Civil Veterinary Department Bengal reports 1933-51 - 1933-1951
Year: 1933
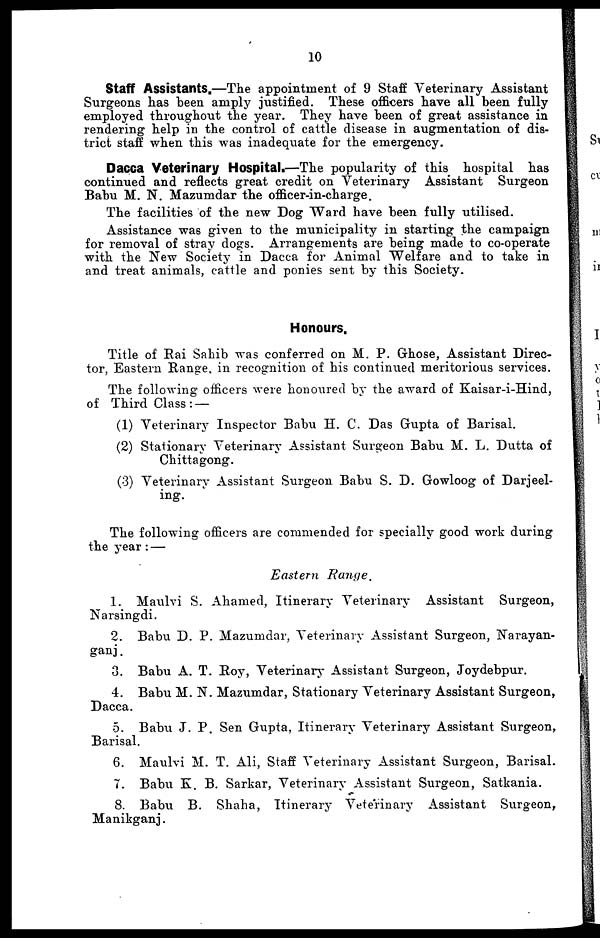
10
Staff Assistants.—The appointment of 9 Staff Veterinary Assistant
Surgeons has been amply justified. These officers have all been fully
employed throughout the year. They have been of great assistance in
rendering help in the control of cattle disease in augmentation of dis-
trict staff when this was inadequate for the emergency.
Dacca Veterinary Hospital.—The popularity of this hospital has
continued and reflects great credit on Veterinary Assistant Surgeon
Babu M. N. Mazumdar the officer-in-charge.
The facilities of the new Dog Ward have been fully utilised.
Assistance was given to the municipality in starting the campaign
for removal of stray dogs. Arrangements are being made to co-operate
with the New Society in Dacca for Animal Welfare and to take in
and treat animals, cattle and ponies sent by this Society.
Honours.
Title of Rai Sahib was conferred on M. P. Ghose, Assistant Direc-
tor, Eastern Range, in recognition of his continued meritorious services.
The following officers were honoured by the award of Kaisar-i-Hind,
of Third Class: —
(1) Veterinary Inspector Babu H. C. Das Gupta of Barisal.
(2) Stationary Veterinary Assistant Surgeon Babu M. L. Dutta of
Chittagong.
(3) Veterinary Assistant Surgeon Babu S. D. Gowloog of Darjeel-
ing.
The following officers are commended for specially good work during
the year: —
Eastern
Range.
1. Maulvi S. Ahamed, Itinerary Veterinary Assistant Surgeon,
Narsingdi.
2. Babu D. P. Mazumdar, Veterinary Assistant Surgeon, Narayan-
ganj.
3. Babu A. T. Roy, Veterinary Assistant Surgeon, Joydebpur.
4. Babu M.N. Mazumdar, Stationary Veterinary Assistant Surgeon,
Dacca.
5. Babu J. P. Sen Gupta, Itinerary Veterinary Assistant Surgeon,
Barisal.
6. Maulvi M. T. Ali, Staff Veterinary Assistant Surgeon, Barisal.
7. Babu K. B. Sarkar, Veterinary Assistant Surgeon, Satkania.
8. Babu B. Shaha, Itinerary Veterinary Assistant Surgeon,
Manikganj.